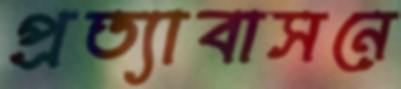
প্রত্যাবাসনে